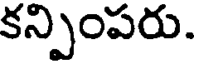
కన్పింపరు.